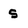
Character: s